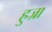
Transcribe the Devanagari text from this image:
हुज्रा